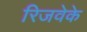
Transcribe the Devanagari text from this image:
रिजवेके